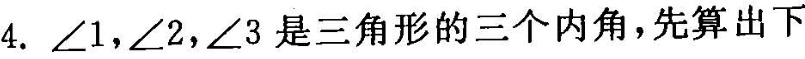
4.∠1，∠2，∠3是三角形的三个内角，先算出下